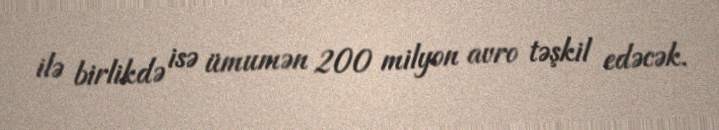
ilə birlikdə isə ümumən 200 milyon avro təşkil edəcək.